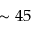
\sim 4 5